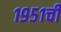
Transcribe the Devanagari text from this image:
१९५१ची